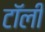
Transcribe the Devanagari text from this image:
टॉली